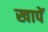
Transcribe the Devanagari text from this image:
खापें